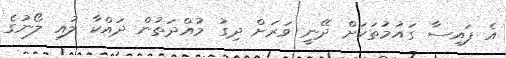
އެ ފައިސާ ގައުމުތަކަށް ދޭނީ ވަރަށް ދިގު މުއްދަތުން ދައްކާ ލުއި ލޯނުގެ